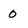
Character: 0